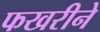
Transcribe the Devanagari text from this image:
फखरीने